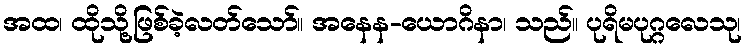
အထ၊ ထိုသို့ဖြစ်ခဲ့လတ်သော်။ အနေန-ယောဂိနာ၊ သည်။ ပုရိမပုဂ္ဂလေသု၊